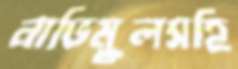
নাভিমূলসহি